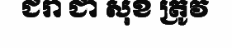
ជរា ជា សុខ ត្រូវ